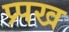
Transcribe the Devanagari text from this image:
प्र्पख